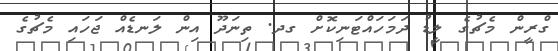
ގްރީން މެޗުގެ ލީޑު ދަމަހައްޓަނިކޮށް ގދ. ތިނަދޫ އިން ލަނޑެއް ޖަހައި މެޗުގެ